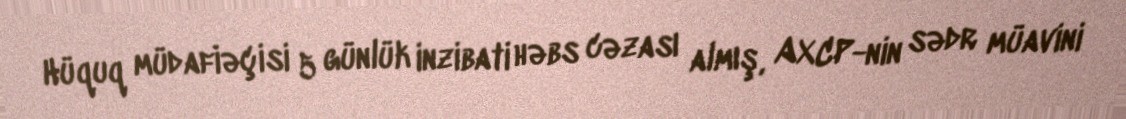
Hüquq müdafiəçisi 5 günlük inzibati həbs cəzası almış, AXCP-nin sədr müavini